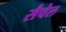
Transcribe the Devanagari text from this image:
सैचेल